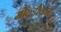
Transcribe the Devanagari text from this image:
मोल्डोवन